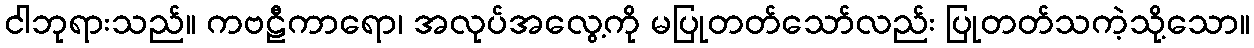
ငါဘုရားသည်။ ကဗဠီကာရော၊ အလုပ်အလွေ့ကို မပြုတတ်သော်လည်း ပြုတတ်သကဲ့သို့သော။